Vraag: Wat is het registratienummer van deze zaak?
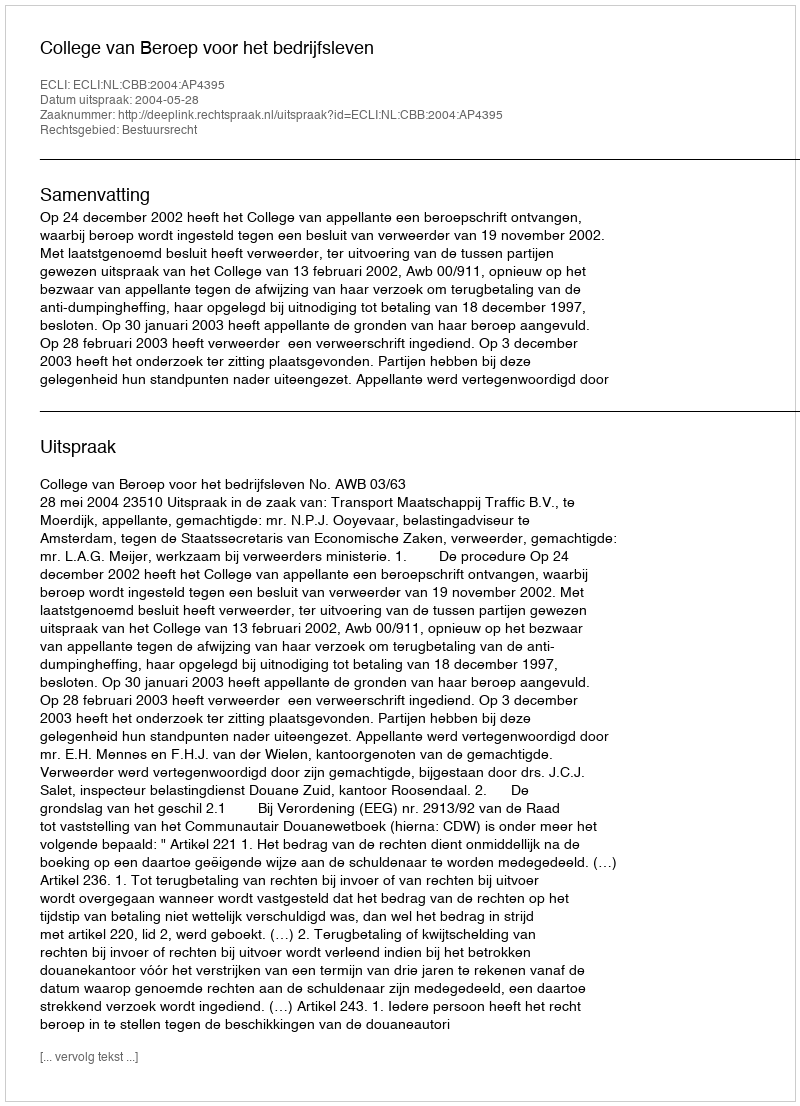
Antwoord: http://deeplink.rechtspraak.nl/uitspraak?id=ECLI:NL:CBB:2004:AP4395